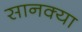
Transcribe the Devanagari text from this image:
सानक्या